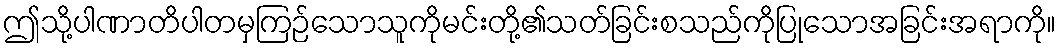
ဤသို့ပါဏာတိပါတမှကြဉ်သောသူကိုမင်းတို့၏သတ်ခြင်းစသည်ကိုပြုသောအခြင်းအရာကို။